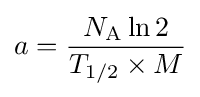
a={\frac {N_{\text{A}}\ln 2}{T_{1/2}\times M}}